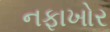
નફાખોર